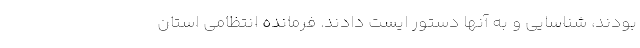
بودند، شناسایی و به آنها دستور ایست دادند. فرمانده انتظامی استان